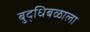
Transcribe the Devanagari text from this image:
बुद्धिबळाला